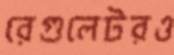
রেগুলেটরও